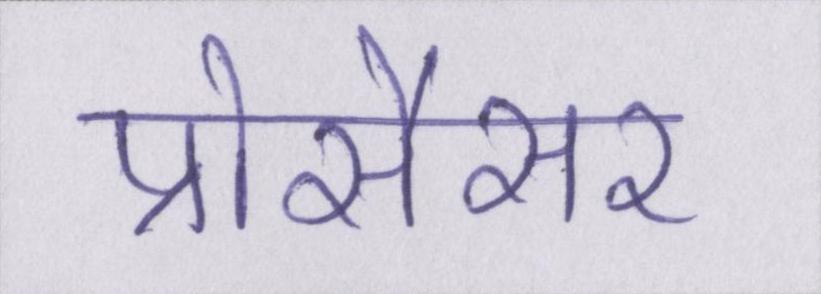
प्रोसैसर